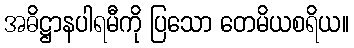
အဓိဋ္ဌာနပါရမီကို ပြသော တေမိယစရိယ။